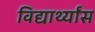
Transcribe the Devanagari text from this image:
विद्यार्थ्यांस